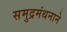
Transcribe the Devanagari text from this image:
समुद्रमंथनाने